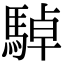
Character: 䮓